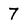
Character: 7